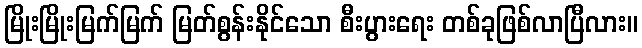
မြိုးမြိုးမြက်မြက် မြတ်စွန်းနိုင်သော စီးပွားရေး တစ်ခုဖြစ်လာပြီလား။